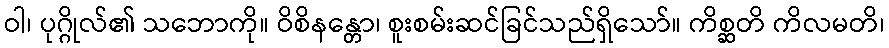
ဝါ၊ ပုဂ္ဂိုလ်၏ သဘောကို။ ဝိစိနန္တော၊ စူးစမ်းဆင်ခြင်သည်ရှိသော်။ ကိစ္ဆတိ ကိလမတိ၊